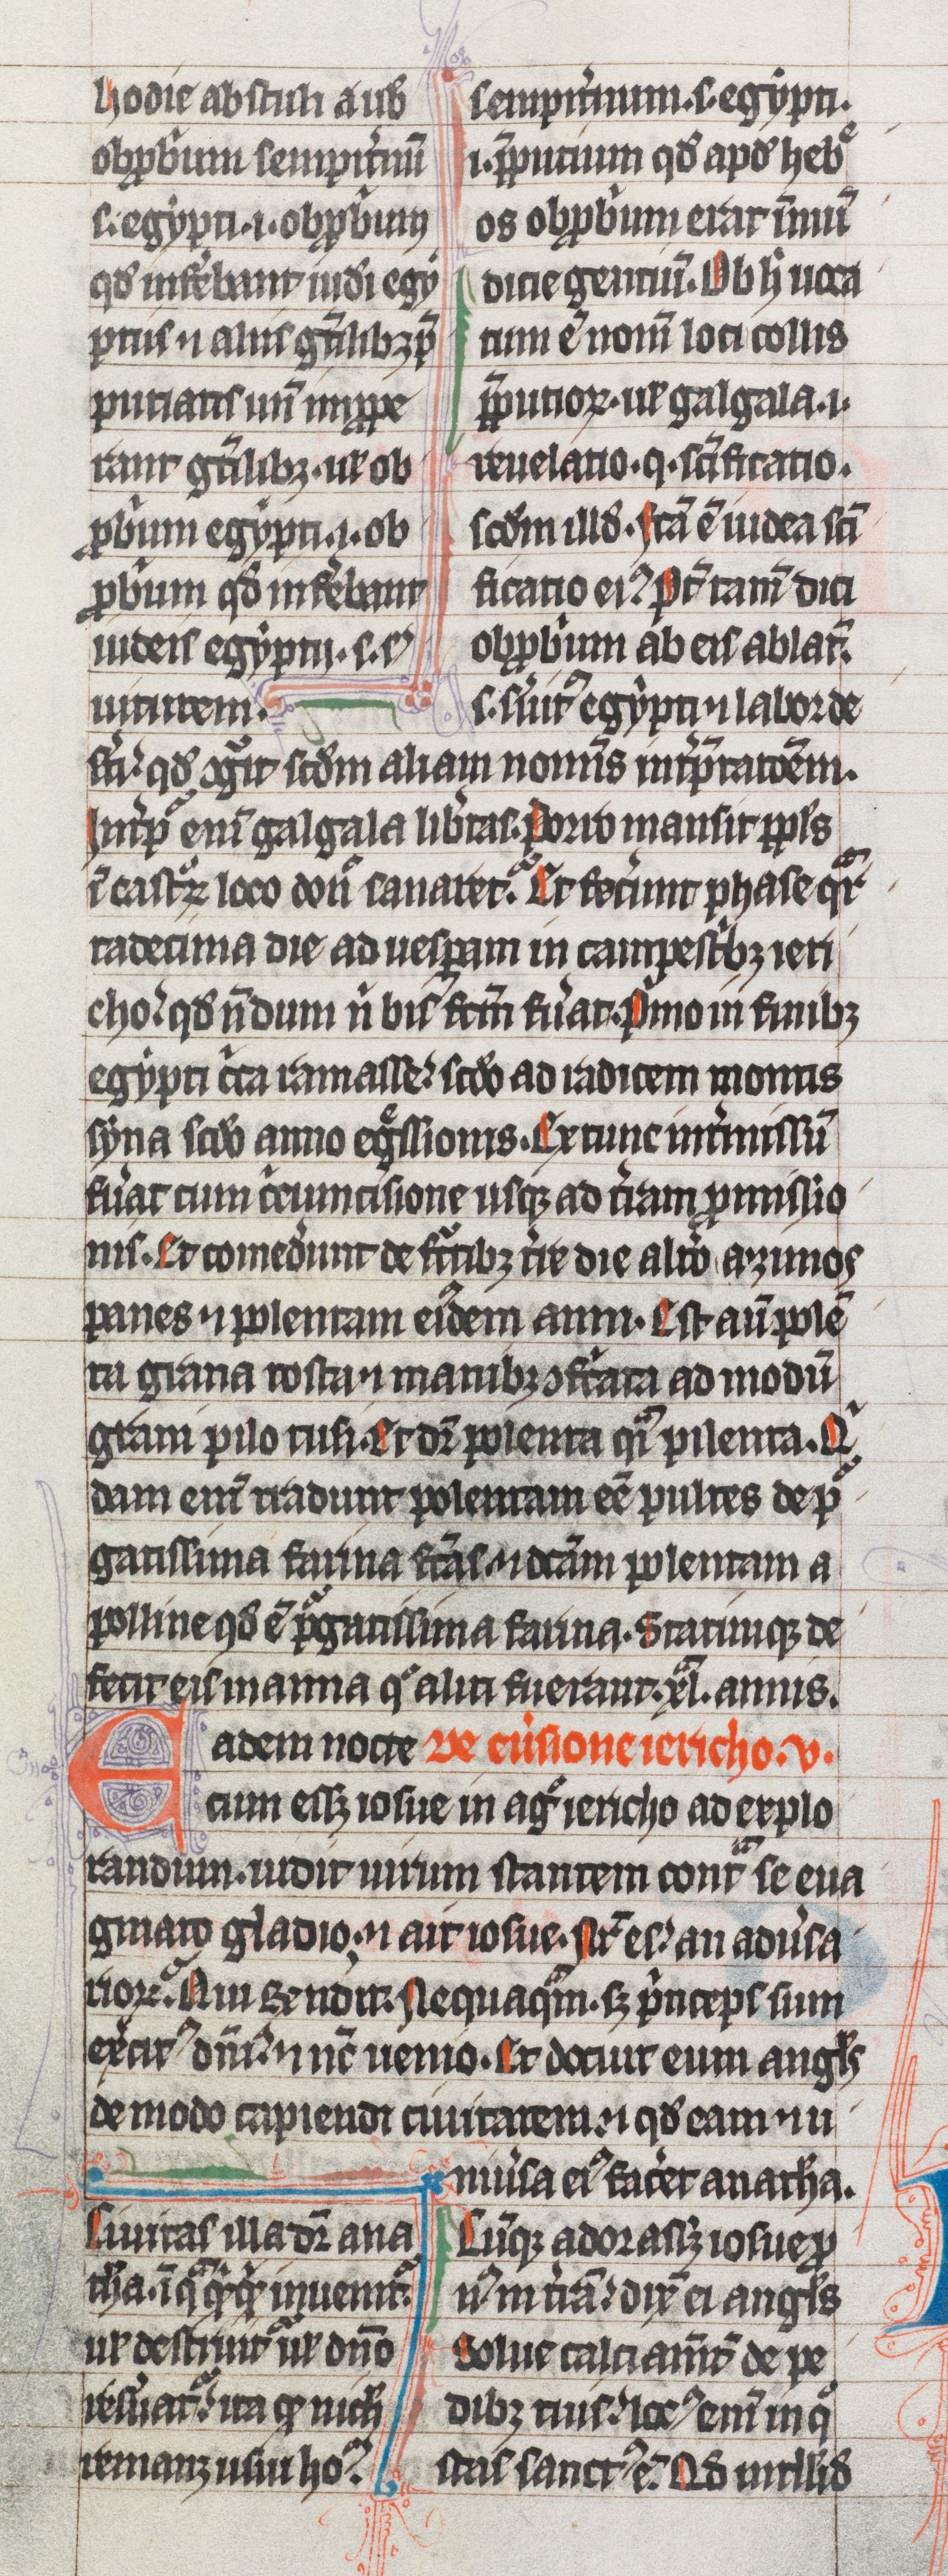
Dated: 1325–1349